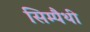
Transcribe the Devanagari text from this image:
सिम्पैथी